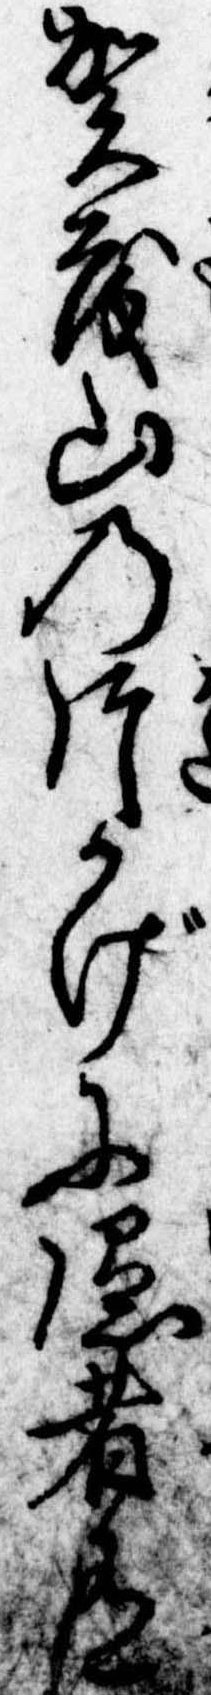
賀茂山の片かげに隠者有